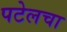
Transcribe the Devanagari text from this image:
पटेलचा